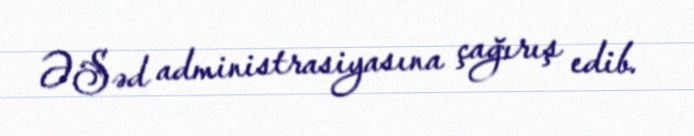
ƏSəd administrasiyasına çağırış edib.